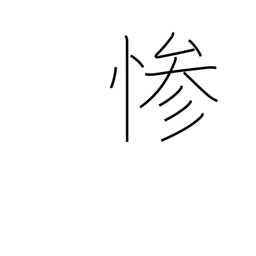
Meaning: cruelty